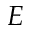
E